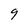
Character: 9